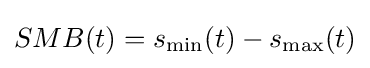
SMB(t)=s_{\min }(t)-s_{\max }(t)